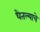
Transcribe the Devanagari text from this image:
धेतल्याचे